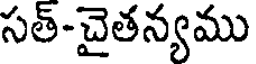
సత్-చైతన్యము